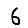
Digit: 6